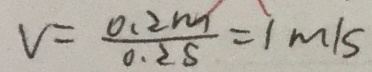
V = \frac { 0 . 2 m } { 0 . 2 s } = 1 m / s